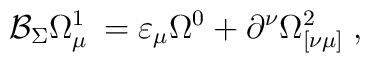
\mathcal{B}_{\Sigma }\Omega _{\mu \;}^{1}=\varepsilon _{\mu }\Omega^{0}+\partial ^{\nu }\Omega _{[\nu \mu ]}^{2}\;,